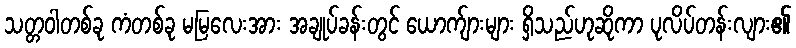
သတ္တဝါတစ်ခု ကံတစ်ခု မမြလေးအား အချုပ်ခန်းတွင် ယောက်ျားများ ရှိသည်ဟုဆိုကာ ပုလိပ်တန်းလျား၏